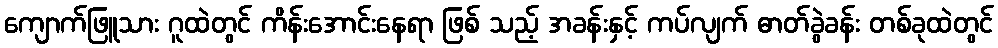
ကျောက်ဖြူသား ဂူထဲတွင် ကိန်းအောင်းနေရာ ဖြစ် သည့် အခန်းနှင့် ကပ်လျက် ဓာတ်ခွဲခန်း တစ်ခုထဲတွင်